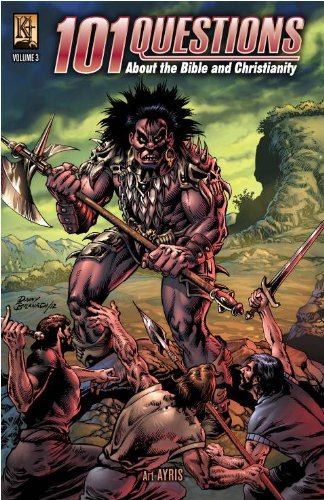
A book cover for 101 Questions Vol. 3; Art Ayris; Comics & Graphic Novels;